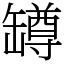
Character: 罇